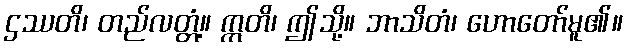
ဌဿတိ၊ တည်လတ္တံ့။ ဣတိ၊ ဤသို့။ ဘာသိတံ၊ ဟောတော်မူ၏။